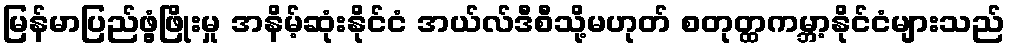
မြန်မာပြည်ဖွံ့ဖြိုးမှု အနိမ့်ဆုံးနိုင်ငံ အယ်လ်ဒီစီသို့မဟုတ် စတုတ္ထကမ္ဘာ့နိုင်ငံများသည်